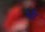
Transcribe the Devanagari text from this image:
भी